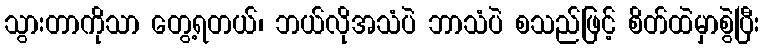
သွားတာကိုသာ တွေ့ရတယ်၊ ဘယ်လိုအသံပဲ ဘာသံပဲ စသည်ဖြင့် စိတ်ထဲမှာစွဲပြီး